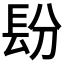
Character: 𰿌